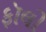
ફૉલો